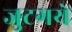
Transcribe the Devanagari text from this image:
जुटगये